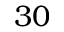
3 0